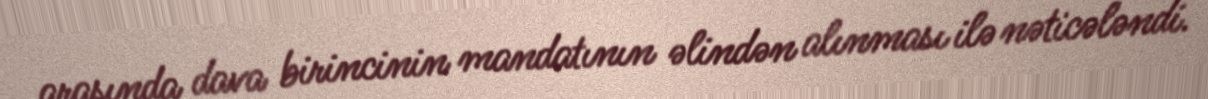
arasında dava birincinin mandatının əlindən alınması ilə nəticələndi.